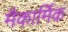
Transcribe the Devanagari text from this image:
मैकार्मिक